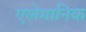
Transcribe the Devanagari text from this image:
एलेमानिक